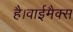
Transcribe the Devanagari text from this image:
है।वाईमैक्स